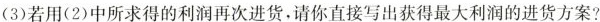
(3)若用(2)中所求得的利润再次进货，请你直接写出获得最大利润的进货方案?